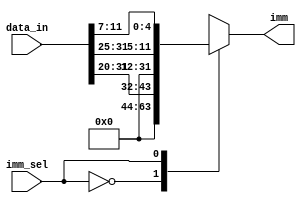
module immidiate_generator(data_in,imm,imm_sel); 

input wire [31:0]data_in;
output reg [31:0]imm;
input wire imm_sel;

always@(*) begin

case (imm_sel)
    1'b0  :  begin
    imm ={19'b0, data_in[31:20]};
end
    1'b1 : begin
    imm= {19'b0,data_in[31:25],data_in[11:7]}; 
end
endcase
end
endmodule